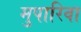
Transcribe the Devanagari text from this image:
मुपारिवा